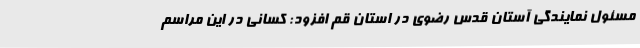
مسئول نمایندگی آستان قدس رضوی در استان قم افزود: کسانی در این مراسم